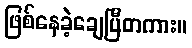
ဖြစ်နေခဲ့ချေပြီတကား။